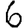
Digit: 6